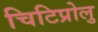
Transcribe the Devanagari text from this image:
चिटिप्रोलु